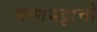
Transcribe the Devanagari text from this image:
बाणभट्टाची